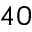
4 0